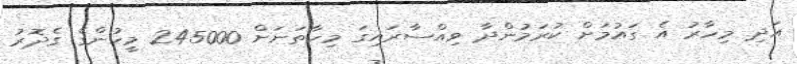
އަދި މިހާރު އެ ގައުމަށް ކުރަމުންދާ ވިއްސާރައިގަ މިހާތަނަށް 245000 މީހުންގެ ގެދޮރު